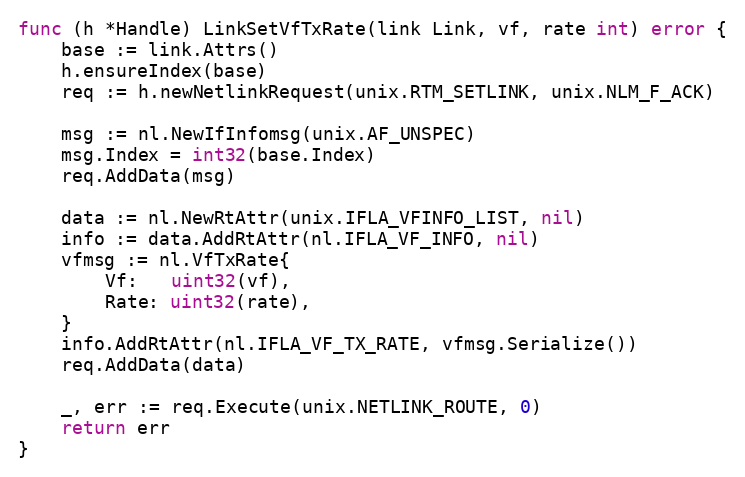
Language: Go
func (h *Handle) LinkSetVfTxRate(link Link, vf, rate int) error {
	base := link.Attrs()
	h.ensureIndex(base)
	req := h.newNetlinkRequest(unix.RTM_SETLINK, unix.NLM_F_ACK)

	msg := nl.NewIfInfomsg(unix.AF_UNSPEC)
	msg.Index = int32(base.Index)
	req.AddData(msg)

	data := nl.NewRtAttr(unix.IFLA_VFINFO_LIST, nil)
	info := data.AddRtAttr(nl.IFLA_VF_INFO, nil)
	vfmsg := nl.VfTxRate{
		Vf:   uint32(vf),
		Rate: uint32(rate),
	}
	info.AddRtAttr(nl.IFLA_VF_TX_RATE, vfmsg.Serialize())
	req.AddData(data)

	_, err := req.Execute(unix.NETLINK_ROUTE, 0)
	return err
}